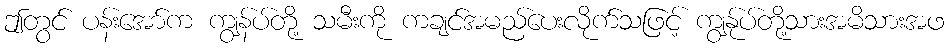
ဤတွင် ပန်းအော်က ကျွန်ပ်တို့ သမီးကို ကချင်အမည်ပေးလိုက်သဖြင့် ကျွန်ုပ်တို့သားအမိသားအဖ